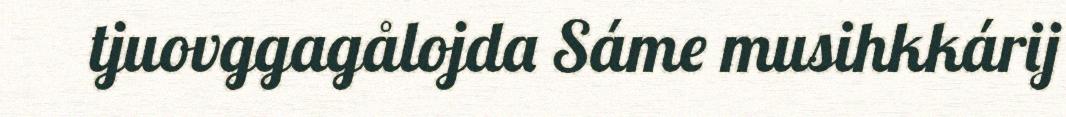
tjuovggagålojda Sáme musihkkárij